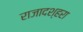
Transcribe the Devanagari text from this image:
राजादश्हरा